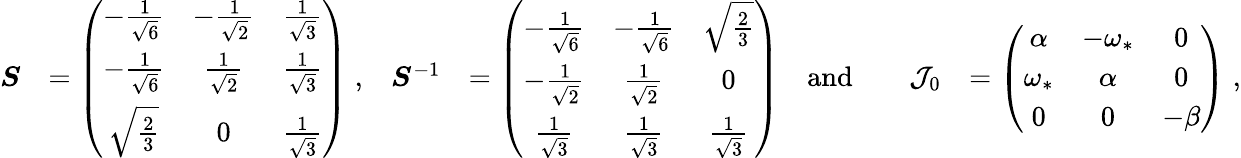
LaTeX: \begin{array}{rlrlrlrl}{\boldsymbol S}&{=\left(\begin{array}{ccc}{-\frac{1}{\sqrt{6}}}&{-\frac{1}{\sqrt{2}}}&{\frac{1}{\sqrt{3}}}\\ {-\frac{1}{\sqrt{6}}}&{\frac{1}{\sqrt{2}}}&{\frac{1}{\sqrt{3}}}\\ {\sqrt{\frac{2}{3}}}&{0}&{\frac{1}{\sqrt{3}}}\end{array}\right)\; ,}&{\boldsymbol S^{-1}}&{=\left(\begin{array}{ccc}{-\frac{1}{\sqrt{6}}}&{-\frac{1}{\sqrt{6}}}&{\sqrt{\frac{2}{3}}}\\ {-\frac{1}{\sqrt{2}}}&{\frac{1}{\sqrt{2}}}&{0}\\ {\frac{1}{\sqrt{3}}}&{\frac{1}{\sqrt{3}}}&{\frac{1}{\sqrt{3}}}\end{array}\right)}&{\mathrm{and}}&{}&{\mathcal{J}_{0}}&{=\left(\begin{array}{ccc}{\alpha}&{-\omega_{*}}&{0}\\ {\omega_{*}}&{\alpha}&{0}\\ {0}&{0}&{-\beta}\end{array}\right)\; ,}\end{array}